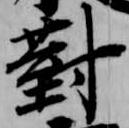
対